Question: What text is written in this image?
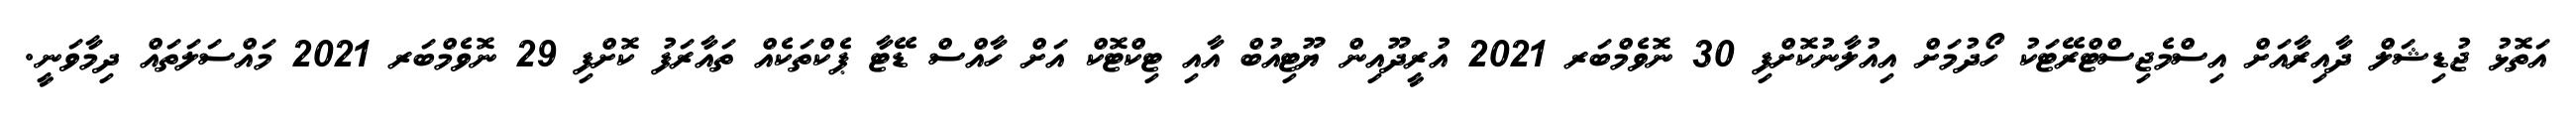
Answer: އަތޮޅު ޖުޑިޝަލް ދާއިރާއަށް އިސްމެޖިސްޓްރޭޓަކު ހޯދުމަށް އިއުލާނުކޮށްފި 30 ނޮވެމްބަރ 2021 އުރީދޫއިން ޔޫޓިއުބް އާއި ޓިކްޓޮކް އަށް ހާއްސް ޑޭޓާ ޕެކްތަކެއް ތައާރަފު ކޮށްފި 29 ނޮވެމްބަރ 2021 މައްސަލަތައް ދިމާވަނީ.